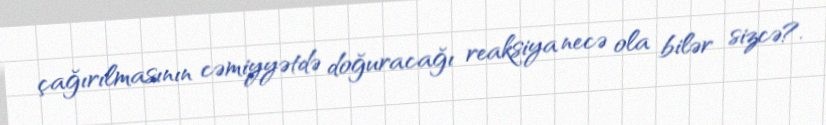
çağırılmasının cəmiyyətdə doğuracağı reaksiya necə ola bilər sizcə?.